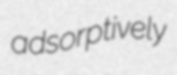
adsorptively